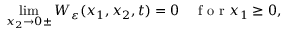
\operatorname* { l i m } _ { x _ { 2 } \rightarrow 0 \pm } W _ { \varepsilon } ( x _ { 1 } , x _ { 2 } , t ) = 0 \quad \textrm { f o r } x _ { 1 } \geq 0 ,